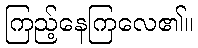
ကြည့်နေကြလေ၏။